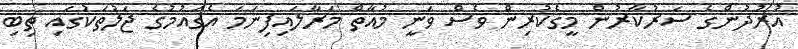
އުރުދުންގެ ސަރުކާރުން މީގެކުރިން ވެސް ވަނީ މުއާތް މަރާލައިފިނަމަ އެގައުމުގެ ޖަލުތަކުގައި ތިބި